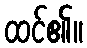
ထင်၏။